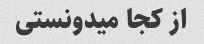
از کجا میدونستی